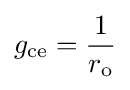
g_{\text{ce}}={\frac {1}{r_{\text{o}}}}